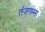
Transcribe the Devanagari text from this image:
तंजगम्मा